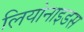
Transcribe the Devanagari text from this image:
लियोनाइडस